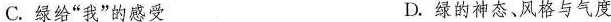
C.绿给”我”的感受 D.绿的神态、风格与气度